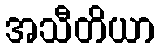
အသီတိယာ